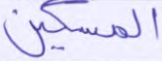
المسكين